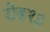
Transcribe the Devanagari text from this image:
रोड१३